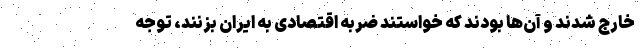
خارج شدند و آن‌ها بودند که خواستند ضربه اقتصادی به ایران بزنند، توجه